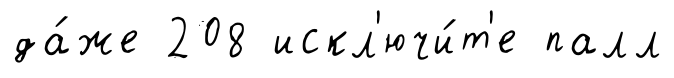
да́же 208 искл'ючи́т'е палл